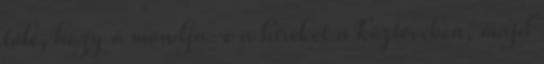
tőle, hogy ő mondja-e a híreket a köztévében, majd